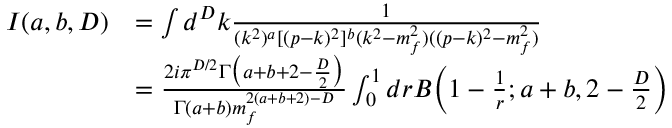
\begin{array} { r l } { I ( a , b , D ) } & { = \int d ^ { D } k \frac { 1 } { ( k ^ { 2 } ) ^ { a } [ ( p - k ) ^ { 2 } ] ^ { b } ( k ^ { 2 } - m _ { f } ^ { 2 } ) ( ( p - k ) ^ { 2 } - m _ { f } ^ { 2 } ) } } \\ & { = \frac { 2 i \pi ^ { D / 2 } \Gamma \big ( a + b + 2 - \frac { D } { 2 } \big ) } { \Gamma ( a + b ) m _ { f } ^ { 2 ( a + b + 2 ) - D } } \int _ { 0 } ^ { 1 } d r B \bigg ( 1 - \frac { 1 } { r } ; a + b , 2 - \frac { D } { 2 } \bigg ) } \end{array}